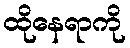
ထိုနေရာကို